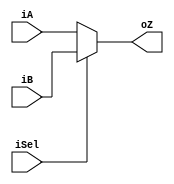
module mux2_5(iA, iB, iSel, oZ);
    input [4:0] iA, iB;
    input iSel;
    output [4:0] oZ;

    assign oZ = (iSel == 0) ? iA : iB;

endmodule   // mux2_5